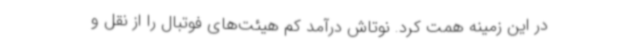
در این زمینه همت کرد. نوتاش درآمد کم هیئت‌های فوتبال را از نقل و